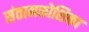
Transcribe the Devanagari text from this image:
संतानकोशिका